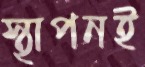
স্থাপনই